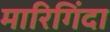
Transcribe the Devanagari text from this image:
मारिगिंदा